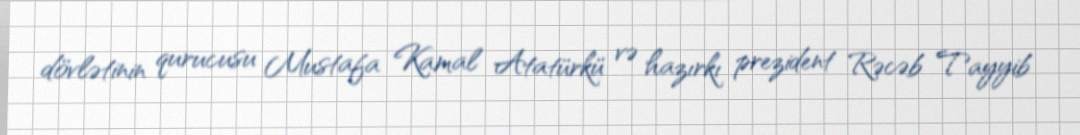
dövlətinin qurucusu Mustafa Kamal Atatürkü və hazırkı prezident Rəcəb Tayyib